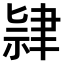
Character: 𫆔